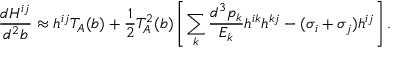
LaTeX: \frac { d H ^ { i j } } { d ^ { 2 } b } \approx h ^ { i j } T _ { A } ( b ) + \frac { 1 } { 2 } T _ { A } ^ { 2 } ( b ) \left[ \sum _ { k } \frac { d ^ { 3 } p _ { k } } { E _ { k } } h ^ { i k } h ^ { k j } - ( \sigma _ { i } + \sigma _ { j } ) h ^ { i j } \right] .